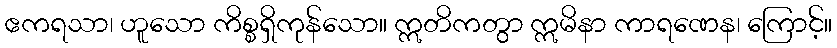
ဧကရသာ၊ ဟူသော ကိစ္စရှိကုန်သော။ ဣတိကတွာ ဣမိနာ ကာရဏေန၊ ကြောင့်။